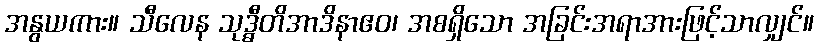
အနွယကား။ သီလေန သုဒ္ဓီတိအာဒိနာဧဝ၊ အစရှိသော အခြင်းအရာအားဖြင့်သာလျှင်။